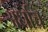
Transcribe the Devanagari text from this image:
अर्धाच